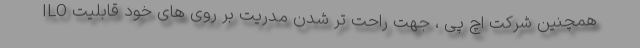
همچنین شرکت اچ پی ، جهت راحت تر شدن مدریت بر روی های خود قابلیت ILO